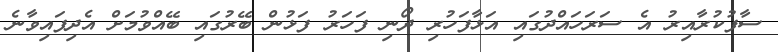
ސާފުކުރާއިރު އެ ސަރަހައްދުގައި އަޅާފަހުރި ދޯނި ފަހަރު ފަޅުން ބޭރުގައި ބޭއްވުމަށް އެދިފައިވާނެ